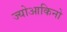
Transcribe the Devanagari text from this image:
ज्योआकिनो